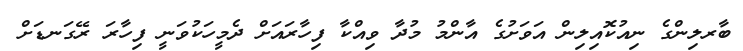
ބާރލިންގެ ނިއުކޮއިލިން އަވަށުގެ އާންމު މުދާ ވިއްކާ ފިހާރައަށް ދެމީހަކުވަނީ ފިހާރަ ރޭގަނޑަށް